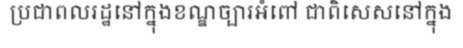
ប្រជាពលរដ្ឋនៅក្នុងខណ្ឌច្បារអំពៅ ជាពិសេសនៅក្នុង